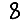
Digit: 8